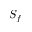
S _ { f }